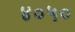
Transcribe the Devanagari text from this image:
४०५०